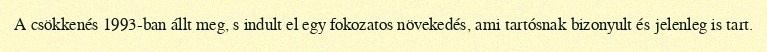
A csökkenés 1993-ban állt meg, s indult el egy fokozatos növekedés, ami tartósnak bizonyult és jelenleg is tart.